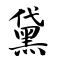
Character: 黛